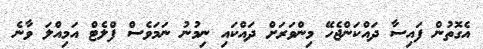
އެގޮތުން ފައިސާ ދައްކަންޖެހޭ މިންވަރަށް ދައްކައި ނިމުނު ނަމަވެސް ފްލެޓް އަމިއްލަ ވާނެ